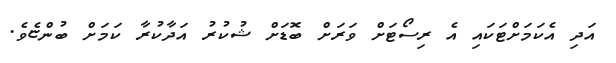
އަދި އެކަމަށްޓަކައި އެ ރިސޯޓަށް ވަރަށް ބޮޑަށް ޝުކުރު އަދާކުރާ ކަމަށް ބުންޏެވެ.